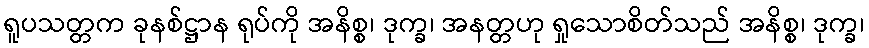
ရူပသတ္တက ခုနစ်ဋ္ဌာန ရုပ်ကို အနိစ္စ၊ ဒုက္ခ၊ အနတ္တဟု ရှုသောစိတ်သည် အနိစ္စ၊ ဒုက္ခ၊